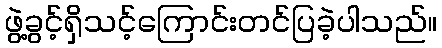
ဖွဲ့ခွင့်ရှိသင့်ကြောင်းတင်ပြခဲ့ပါသည်။